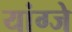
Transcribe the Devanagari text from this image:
यांग्जे